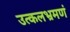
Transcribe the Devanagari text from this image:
उत्कलभ्रमणं